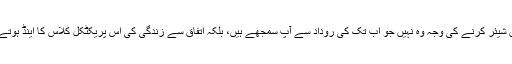
ڈائری کے یہ اوراق شیئر کرنے کی وجہ وہ نہیں جو اب تک کی روداد سے آپ سمجھے ہیں، بلکہ اتفاق سے زندگی کی اس پریکٹکل کلاس کا اینڈ ہوتے ہوتے، رجب آ گیا۔